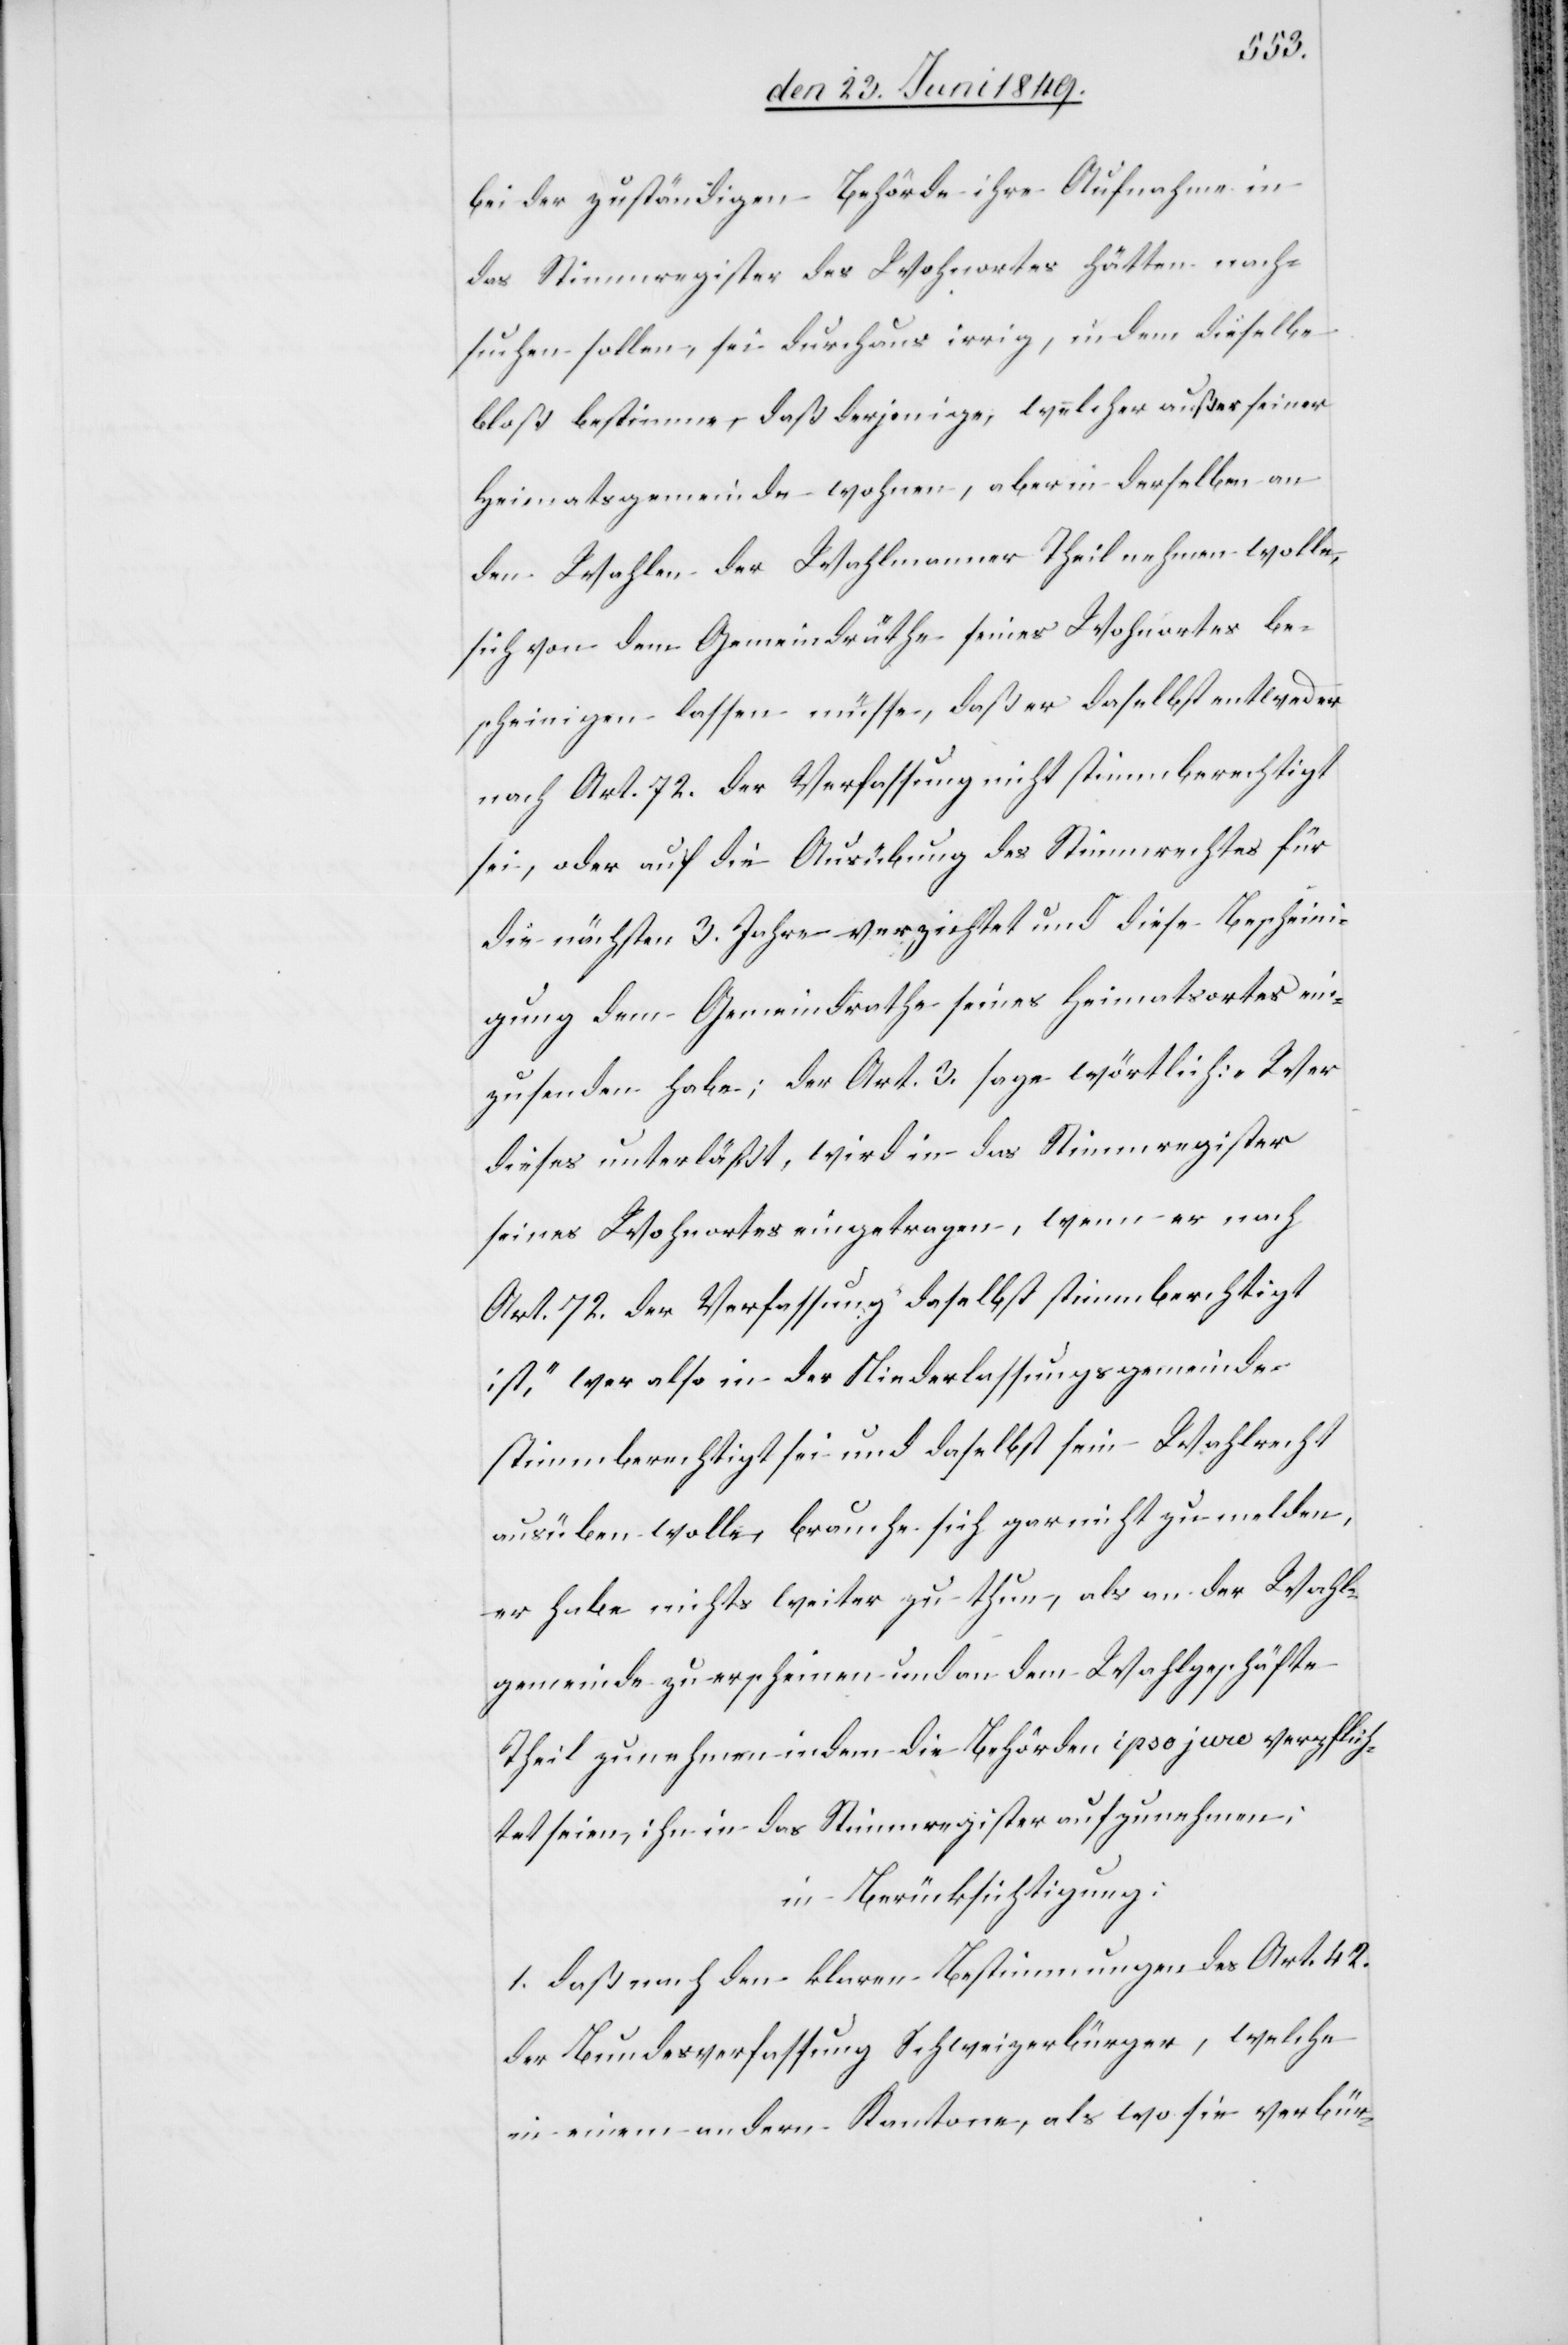
bei der zuständigen Behörde ihre Aufnahme in
das Stimmregister des Wohnortes hätten nach¬
suchen sollen, sei durchaus irrig, in dem dieselbe
bloß bestimme, daß derjenige, welcher außer seiner
Heimatsgemeinde wohne, aber in derselben an
den Wahlen der Wahlmanner [sic!] Theil nehmen wolle,
sich von dem Gemeindräthe [sic!] seines Wohnortes be¬
scheinigen lassen müsse, daß er daselbst entweder
nach Art. 72. der Verfassung nicht stimmberechtigt
sei, oder auf die Ausübung des Stimmrechtes für
die nächsten 3. Jahre verzichtet und diese Bescheini¬
gung dem Gemeindrathe seines Heimatsortes ein¬
zusenden habe, der Art. 3. sage wörtlich: „Wer
dieses unterläßt, wird in das Stimmregister
seines Wohnortes eingetragen, wenn er nach
Art. 72. der Verfassung daselbst stimmberechtigt
ist“, wer also in der Niederlassungsgemeinde
stimmberechtigt sei und daselbst sein Wahlrecht
ausüben wolle, brauche sich gar nicht zu melden,
er habe nichts weiter zu thun, als an der Wahl¬
gemeinde zu erscheinen und an dem Wahlgeschäfte
Theil zu nehmen indem die Behörden ipso jure verpflich¬
tet seien, ihn in das Stimmregister aufzunehmen;
in Berücksichtigung:
1. daß nach den klaren Bestimmungen des Art. 42.
der Bundesverfassung Schweizerbürger, welche
in einem andern Kantone, als wo sie verbür-